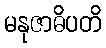
မနုဇာဓိပတိ